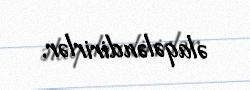
əlaqələndirirlər.